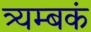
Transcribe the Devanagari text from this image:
त्र्यम्‍बकं